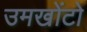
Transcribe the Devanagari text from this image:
उमखोंटो